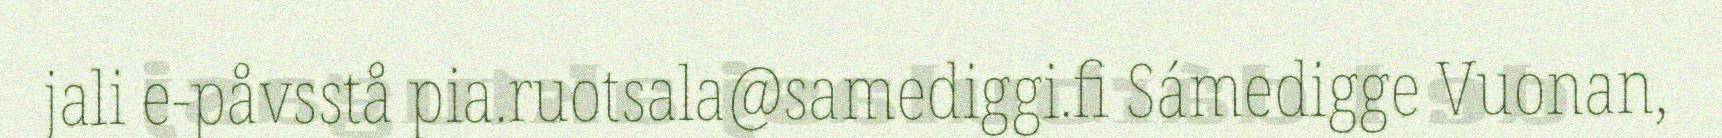
jali e-påvsstå pia.ruotsala@samediggi.fi Sámedigge Vuonan,